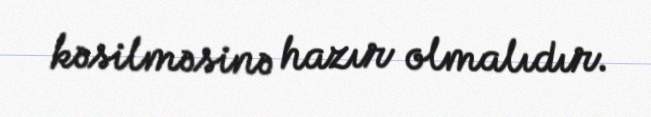
kəsilməsinə hazır olmalıdır.